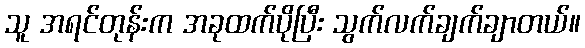
သူ အရင်တုန်းက အခုထက်ပိုပြီး သွက်လက်ချက်ချာတယ်။